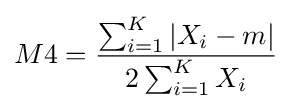
M4={\frac {\sum _{i=1}^{K}|X_{i}-m|}{2\sum _{i=1}^{K}X_{i}}}